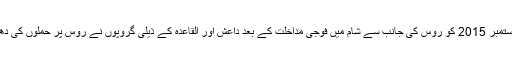
یاد رہے تیس ستمبر 2015 کو روس کی جانب سے شام میں فوجی مداخلت کے بعد داعش اور القاعدہ کے ذیلی گروپوں نے روس پر حملوں کی دھمکی دی تھی۔